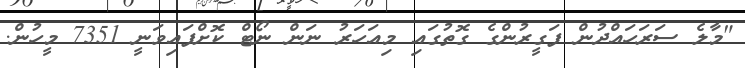
"މާލެ ސަރަހައްދުން ފަގީރުންގެ ގޮތުގައި މިއަހަރު ނަން ނޯޓް ކޮށްފައިވަނީ 7351 މީހުން.